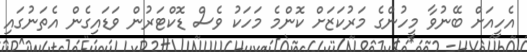
އެހީއަށް ބޭނުވާ މީހުންގެ މަރުކަޒަށް ކޮންމެ މަހަކު ވެސް ޑޮކްޓަރުން ވަޑައިގެން އެތަނުގައި